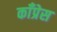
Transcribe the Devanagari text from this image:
काँप्रेस